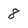
Character: 8